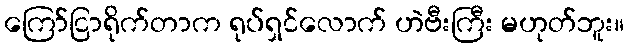
ကြော်ငြာရိုက်တာက ရုပ်ရှင်လောက် ဟဲဗီးကြီး မဟုတ်ဘူး။